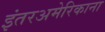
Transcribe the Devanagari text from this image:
इंतरअमेरिकाना